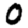
Digit: 0